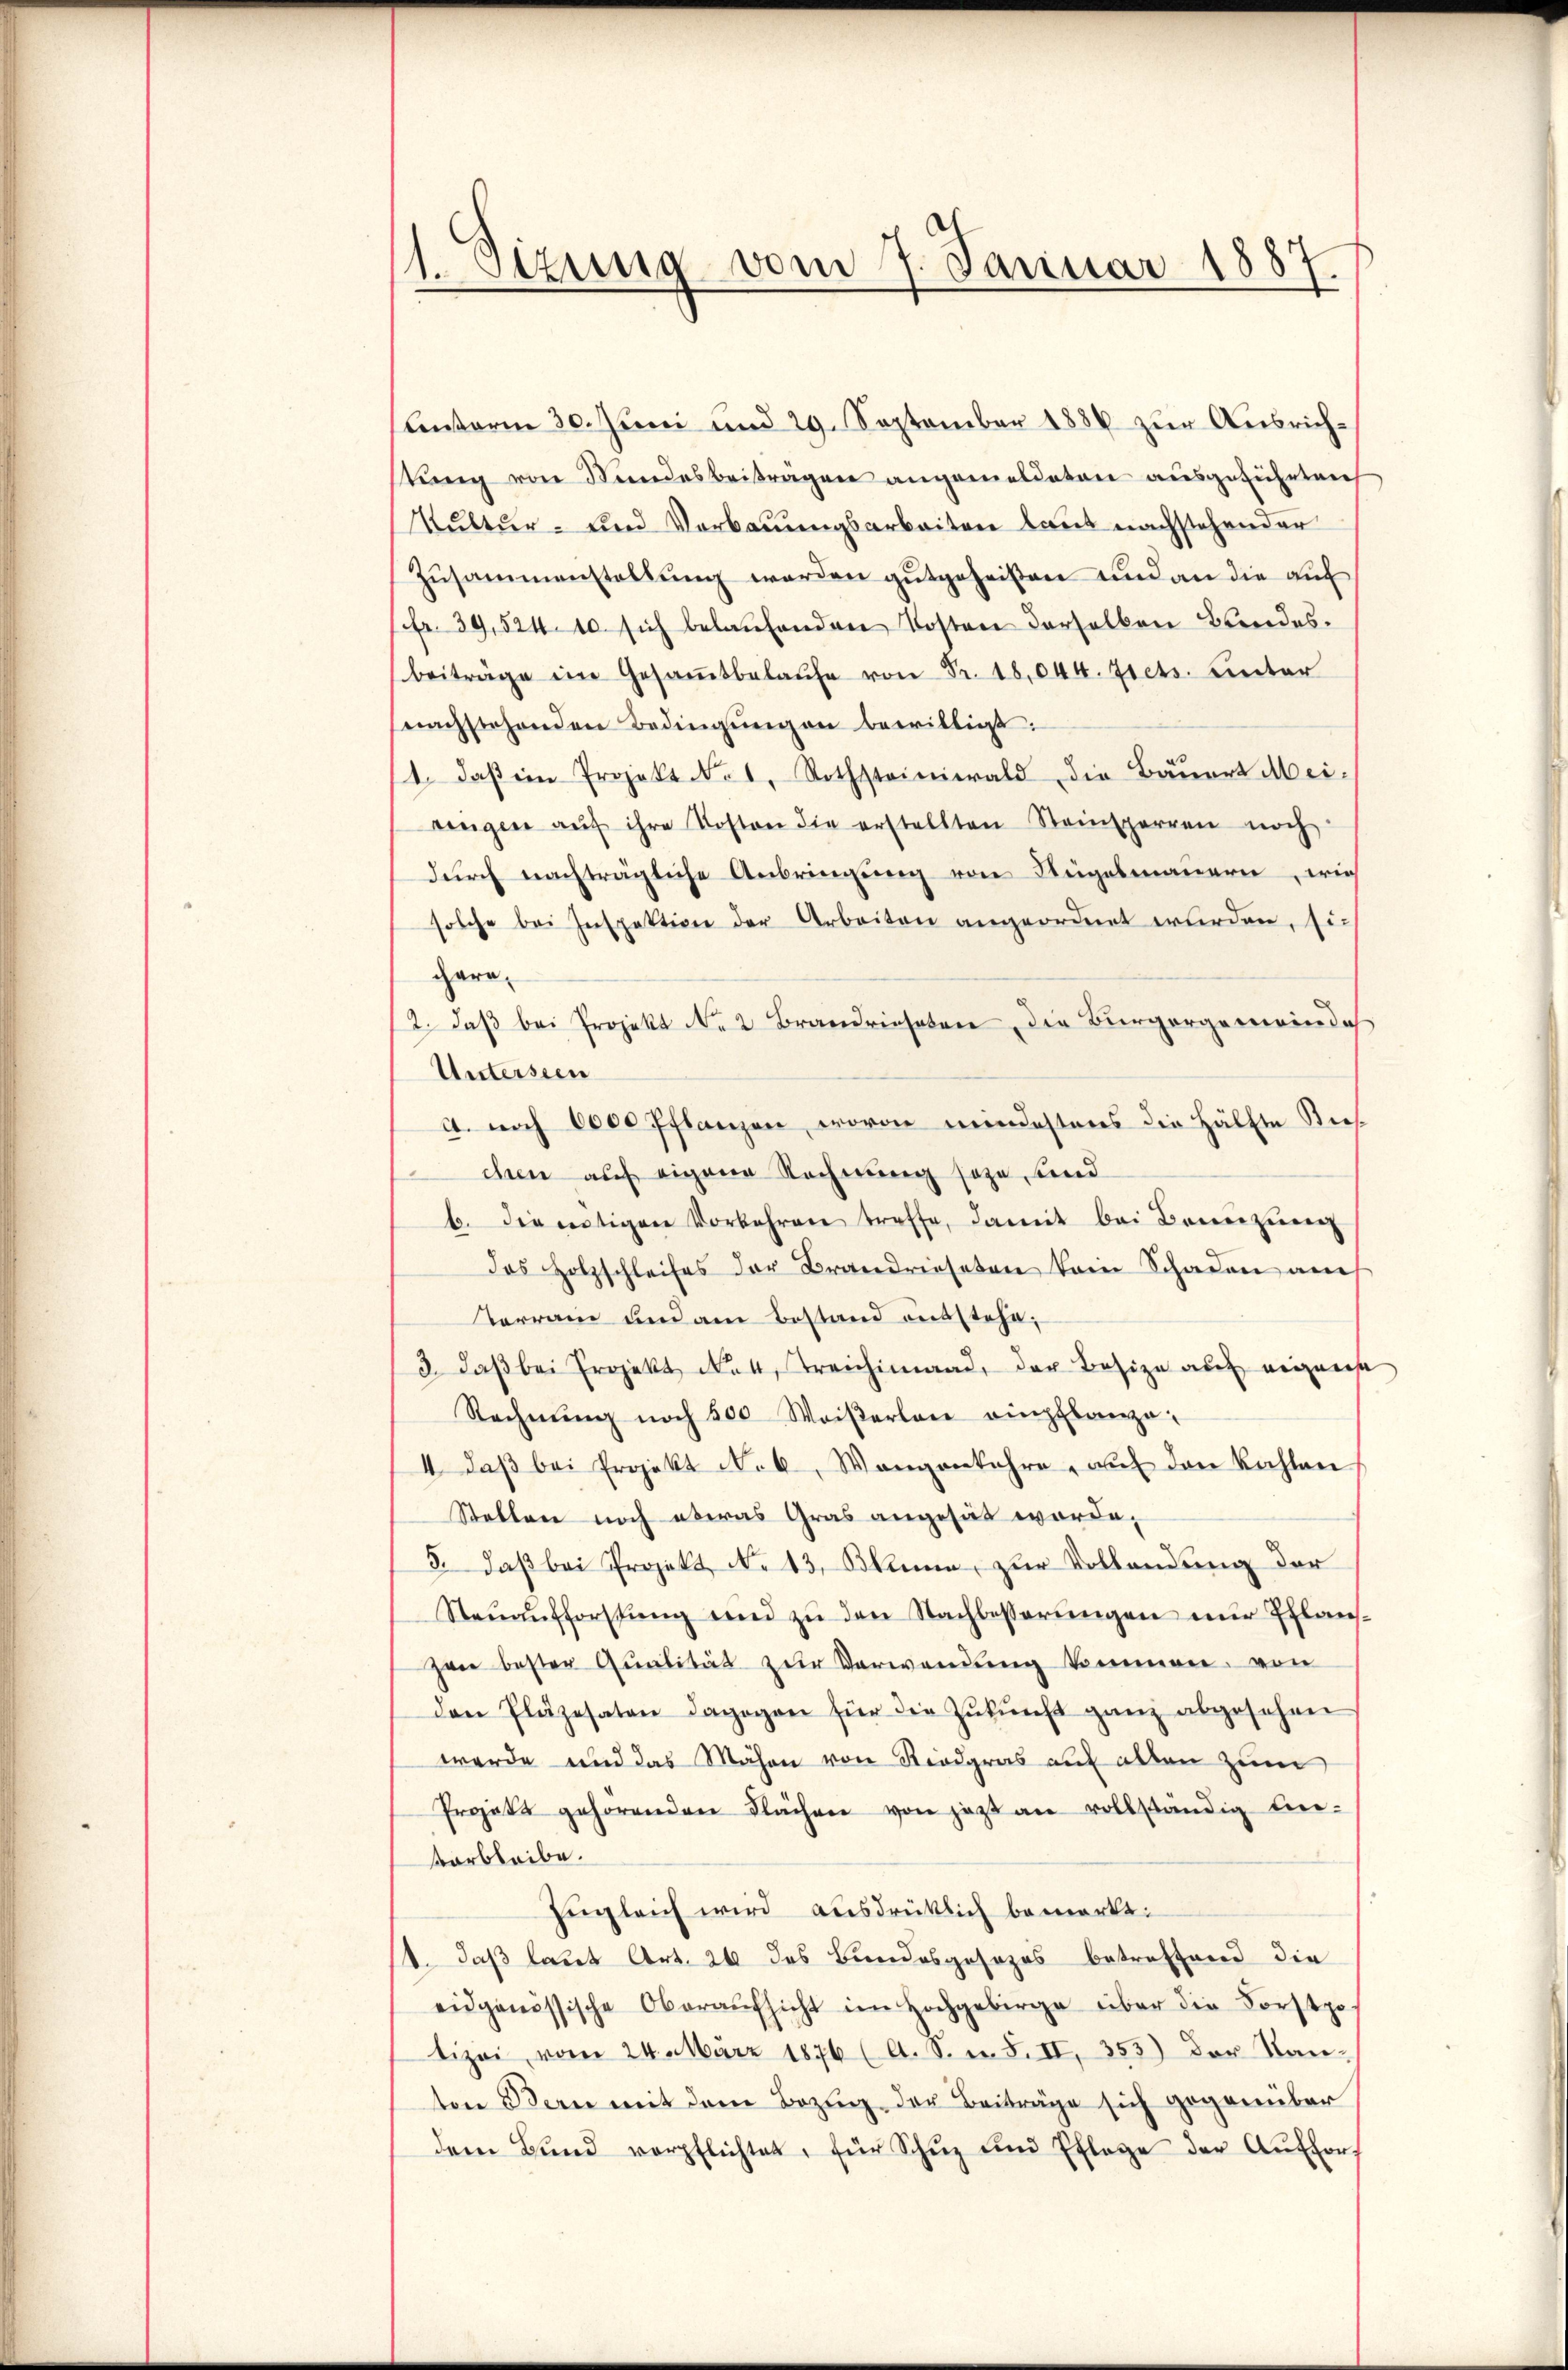
1. Setzung vom 7. Januar 1887.

Lenarm 30. Juni und 29. September 1886 zur Ausrichtung von Bundesbeitragen angemeldeten ausgeführten
Kultur- und Verbauungsarbeiten laut nachstehender
Zusammenstellung werden gutgeheißen und an die auf
fr. 39,524. 10 sich belaufenden Kosten derselben Bundesbeiträge im Gesaṁtbelaŭfe von Fr. 18,044. Diets. unter
nachstehenden Bedingŭngen bewilligt.
1. daβ ein Projekt No 1. Rothstainerald die Bauert Mei-
ringen aŭf ihre Kosten die erstellten Steinsperren noch
durch nachträgliche Anbringung von Regelmauern, wie
solche bei Inspektion der Arbeiten angeordnet wurden, sie
gara
12. daβ bei Projekt No 2 Brandrichten die Bürgergemeinde
Untersten
A. noch 6000 Pflanzen, wovon mindestens die Hälfte Bies
chen auf eigene Rechnung sozu, und
b. die entigen Vorkehren treffe, damit bei Baier zuer
das Holzschleifes der Brandriesten kein Schaden auch
Verrain und am Bestand entstehe;
3. daβ bei Projekt No 4 Treichimaad, der Besize als eigens
Rechnŭng noch 500 Weiserlei einpflanze
4 daβ bei Projekt Nob, Wangenkehre, aŭf den kahlen
Stellen noch oberas Gras angesät worde,
5. daß bei Projekt No 13. Okann, zur Vollendung der
Steŭaŭfforstŭng und zŭ den Nachbesserŭngen nur Pflan-
zwei bester Qualität zur Verwendung kommen, von
den Plazesaten dagogen für die Zŭkŭnft ganz abgesehen
werde und das Mähen von Riedgras auf allen zum
Projekt gehörenden Flächen von jetzt an vollständig lie-
barbleibe.
zugleich wird ausdrücklich bemerkt:
1. daß laut Art. 26 des Bundesgesezes betreffend die
eidgenössische Oberaŭfsicht im Hochgebirge über die Forstpo
tizei, vom 24. März 1876 (A. S. n. F. II, 355) der Kanten Bern mit dem Bezug der Beiträge sich gegenüber
dem Bŭnd verpflichtet, für Schŭz ŭnd Pflege der Aŭfhor-